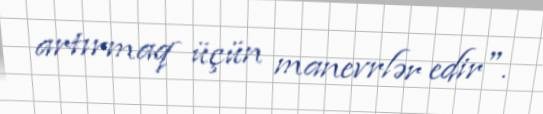
artırmaq üçün manevrlər edir".